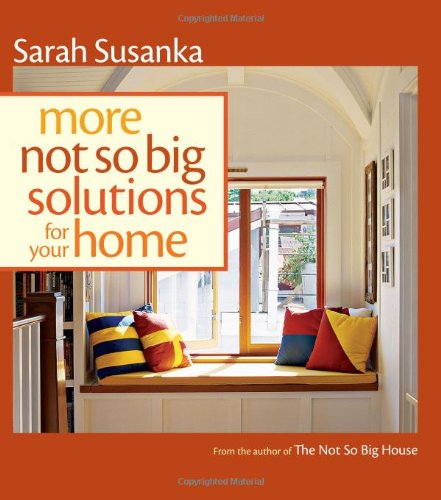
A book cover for More Not So Big Solutions for Your Home; Sarah Susanka; Crafts, Hobbies & Home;